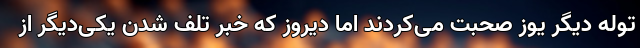
توله دیگر یوز صحبت می‌کردند اما دیروز که خبر تلف شدن یکی‌دیگر از